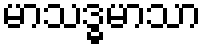
မာသဒ္ဓမာသာ